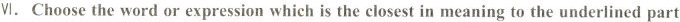
Ⅵ. Choose the word or expression which is the closest in meaning to the underlined part